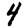
Digit: 4